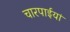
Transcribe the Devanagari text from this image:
चारपाईयां